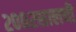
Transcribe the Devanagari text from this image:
२००२सालची